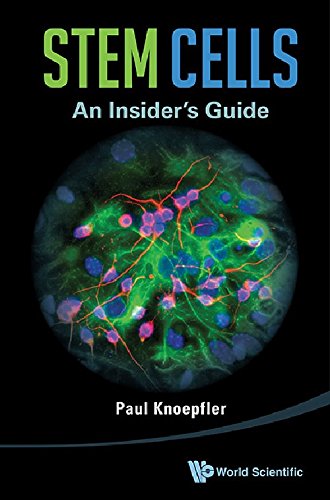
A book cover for Stem Cells: An Insider's Guide; Paul Knoepfler; Medical Books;